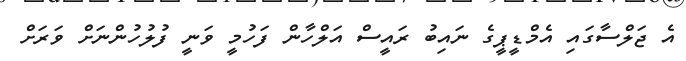
އެ ޖަލްސާގައި އެމްޑީޕީގެ ނައިބު ރައީސް އަލްހާން ފަހުމީ ވަނީ ފުލުހުންނަށް ވަރަށް